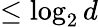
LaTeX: \leq\log_{2}d